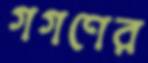
গগণের